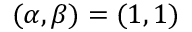
( \alpha , \beta ) = ( 1 , 1 )